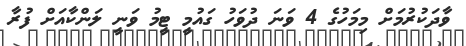
ވާދަކުރުމަށް މިމަހުގެ 4 ވަނަ ދުވަހު ގައުމީ ޓީމު ވަނީ ލަންކާއަށް ފުރާ